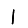
Digit: 1